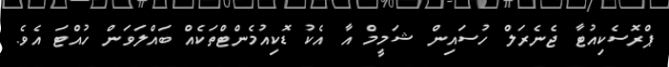
ޕްރޮސެކިއުޓާ ޖެނެރަލް ހުސައިން ޝަމީމް އާ އެކު ޑޮކިއުމެންޓްތަކެއް ބައްލަވަން ހުއްޓަ އެވެ.